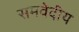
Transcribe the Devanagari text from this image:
समवेदीय